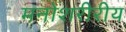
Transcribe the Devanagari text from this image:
मनोशरीरीय